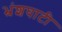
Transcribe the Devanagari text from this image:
भ्रंशघाटी